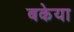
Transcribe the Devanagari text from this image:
बकेया